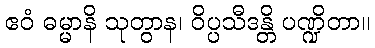
ဧဝံ ဓမ္မာနိ သုတွာန၊ ဝိပ္ပသီဒန္တိ ပဏ္ဍိတာ။